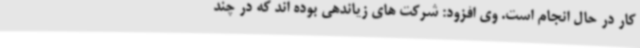
کار در حال انجام است. وی افزود: شرکت های زیاندهی بوده اند که در چند